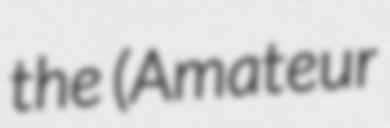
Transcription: the (Amateur